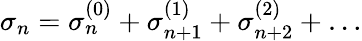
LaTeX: \sigma_{n}=\sigma_{n}^{(0)}+\sigma_{n+1}^{(1)}+\sigma_{n+2}^{(2)}+\ldots